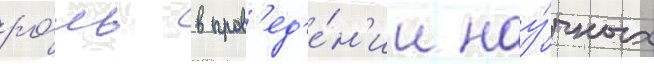
ро́ль в пров'ед'е́н'ии нау́чных